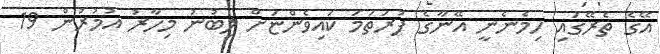
އޭގެ ތެރޭގައި ހިމެނެނީ އޭނާގެ ފުރަތަމަ ކައިވެންޏަށް ލިބުނު މިހާރު އުމުރުން 19